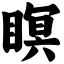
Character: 瞑